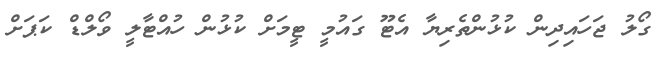
ގޯލު ޖަހައިދިން ކުޅުންތެރިޔާ އެޓޫ ގައުމީ ޓީމަށް ކުޅުން ހުއްޓާލީ ވޯލްޑް ކަޕަށް